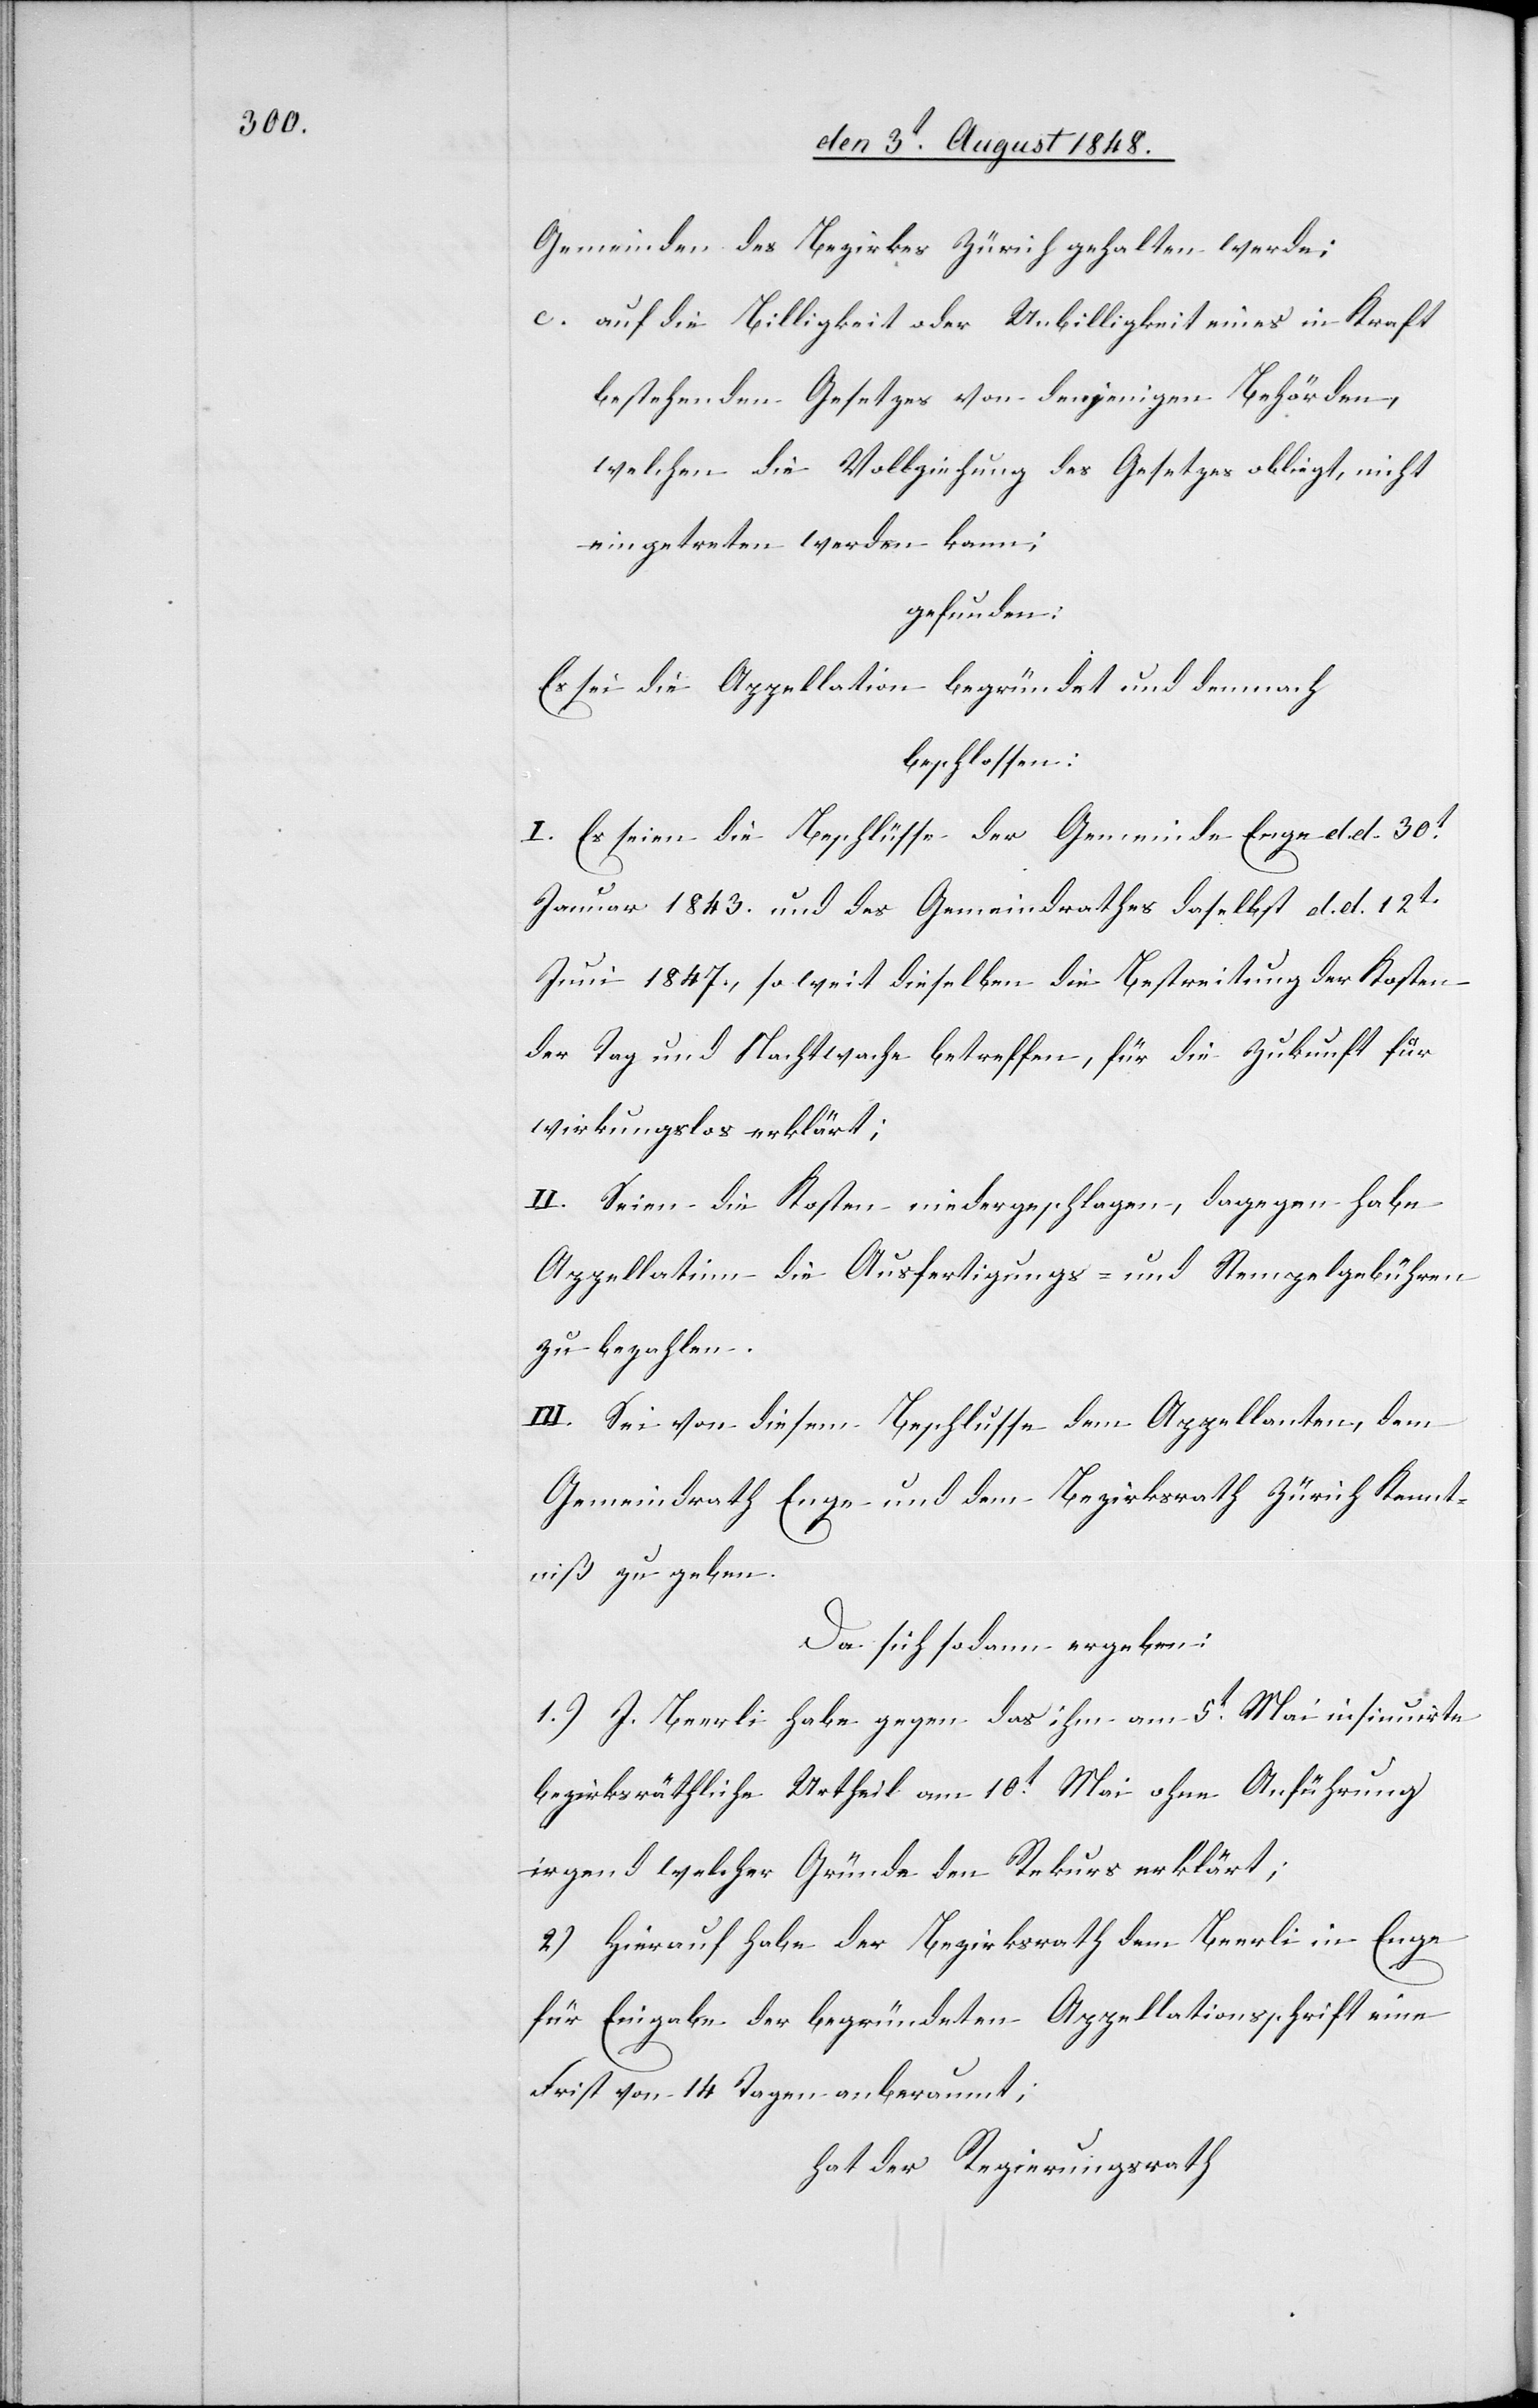
Gemeinden des Bezirkes Zürich gehalten werde:
c. auf die Billigkeit oder Unbilligkeit eines in Kraft
bestehenden Gesetzes von denjenigen Behörden,
welchen die Vollziehung des Gesetzes oblieg, nicht
eingetreten werden kann;
gefunden:
Es sei die Appellation begründet und demnach
beschlossen:
I. Es seien die Beschlüsse der Gemeinde Enge d. d. 30t
Januar 1843. und des Gemeindrathes daselbst d. d. 12t
Juni 1847. so weit dieselben die Bestreitung der Kosten
der Tag und Nachtwache betreffen, für die Zukunft für
wirkungslos erklärt;
II. Seien die Kosten niedergeschlagen, dagegen habe
Appellatinn die Ausfertigungs- und Stempelgebühren
zu bezahlen.
III. Sei von diesem Beschlusse dem Appellanten, dem
Gemeindrath Enge und dem Bezirksrath Zürich Kennt¬
niß zu geben.
Da sich sodann ergeben:
1.) J. Beerli habe gegen das ihm am 5t Mai insinuirte
bezirksräthliche Urtheil am 10t Mai ohne Anfürhung
irgend welcher Gründe den Rekurs erklärt;
2.) Hierauf habe der Bezirksrath dem Beerli in Enge
für Eingabe der begründeten Appellationsschrift eine
Frist von 14. Tagen anberaumt;
hat der Regierungsrath